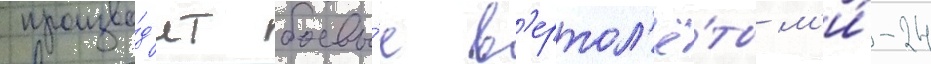
произво́д'ит боевы́е в'ертол'ё́ты м'и́-24